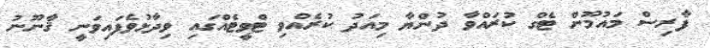
ފާރިސް މައުމޫން ޓެގް ކުރައްވާ ދުންޔާ މިއަދު ކުރެއްވި ޓްވީޓެއްގައި ވިދާޅުވެފައިވަނީ ޤާނޫނު